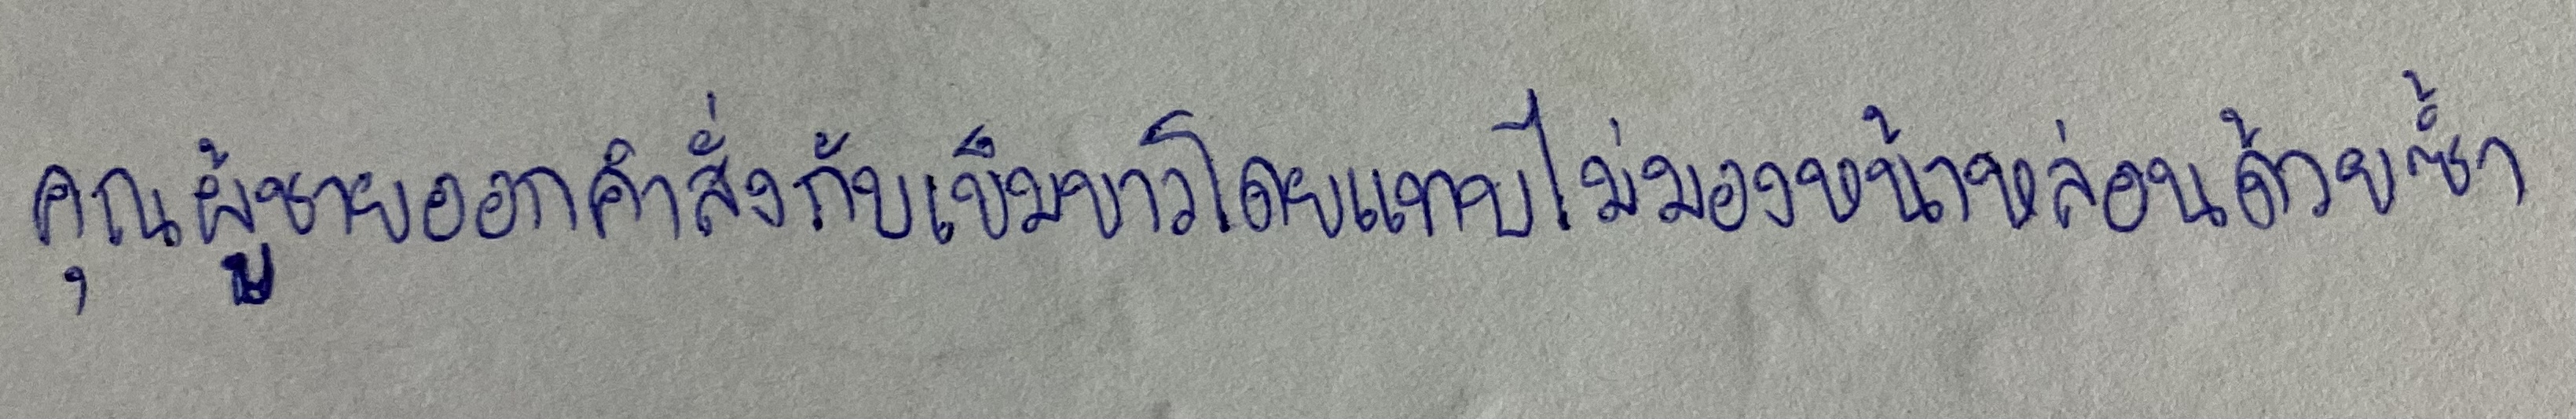
คุณผู้ชายออกคำสั่งกับเข็มขาวโดยแทบไม่มองหน้าหล่อนด้วยซ้ำ